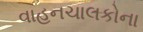
વાહનચાલકોના